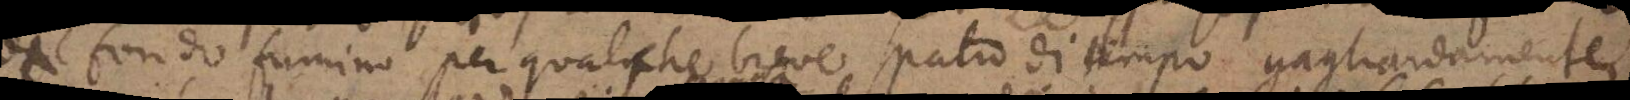
dal fondo fumino per qualche breve spatio di tempo gagliardamente